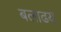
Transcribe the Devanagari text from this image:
बलाढय